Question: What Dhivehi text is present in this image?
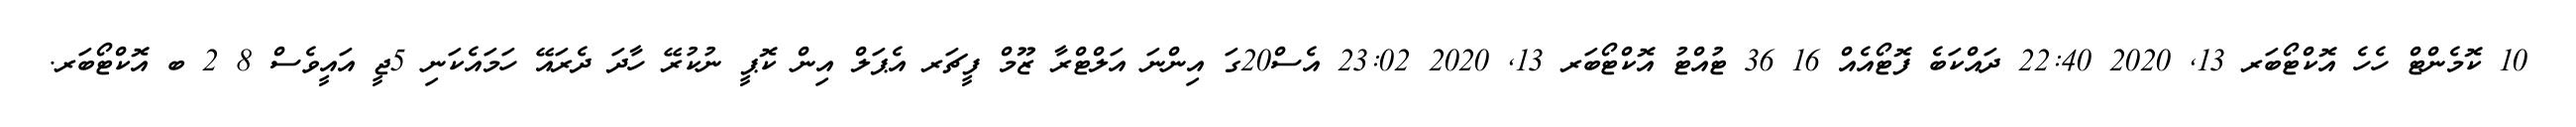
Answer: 10 ކޮމެންޓް ހެހެ އޮކްޓޯބަރ 13, 2020 22:40 ދައްކަބެ ފޮޓޯއެއް 16 36 ޓުއްޓު އޮކްޓޯބަރ 13, 2020 23:02 އެސް20ގަ އިންނަ އަލްޓްރާ ޒޫމް ފީޗަރ އެޕަލް އިން ކޮޕީ ނުކުރޭ ހާދަ ދެރައޭ ހަމައެކަނި 5ޖީ އައީވެސް 8 2 ބ އޮކްޓޯބަރ.